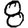
Digit: 8